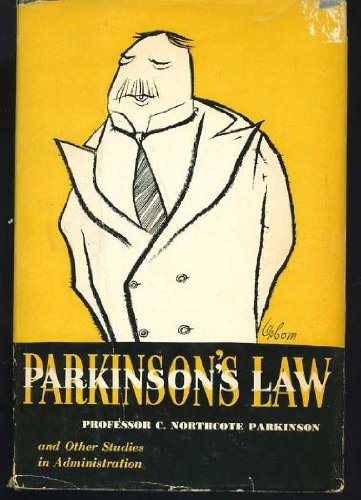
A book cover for Parkinson's Law, and Other Studies in Administration; Cyril Northcote Parkinson; Humor & Entertainment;